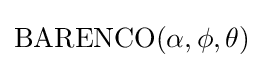
\mathrm {BARENCO} (\alpha ,\phi ,\theta )